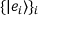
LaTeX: \{ | e _ { i } \rangle \} _ { i }